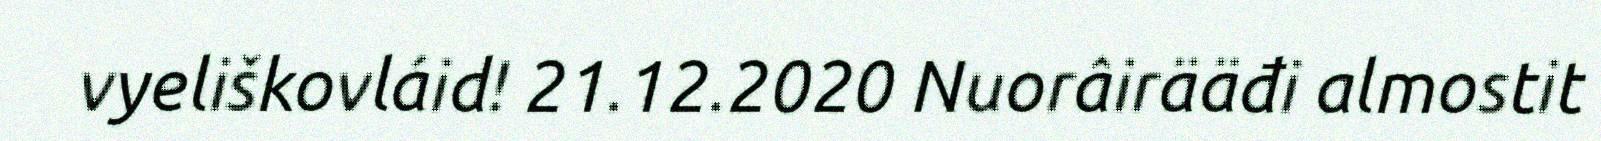
vyeliškovláid! 21.12.2020 Nuorâirääđi almostit